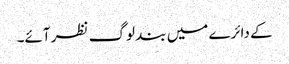
کے دائرے میں بند لوگ نظر آئے۔